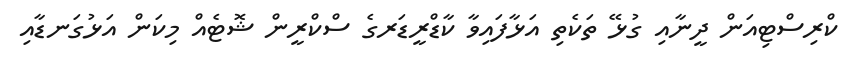
ކްރިސްޓިއަން ދީނާއި ގުޅޭ ތަކެތި އަޅާފައިވާ ކާޑްރީޑަރގެ ސްކްރީން ޝޮޓެއް މިކަން އަޅުގަނޑާއި